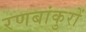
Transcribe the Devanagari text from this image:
रणबांकुरों